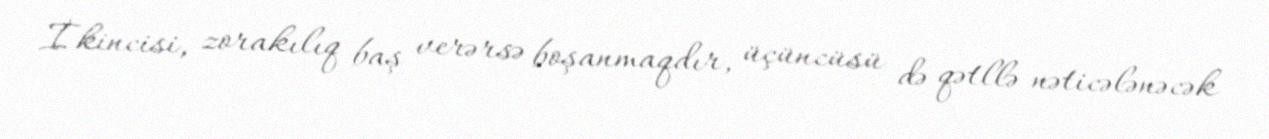
İkincisi, zorakılıq baş verərsə boşanmaqdır, üçüncüsü də qətllə nəticələnəcək